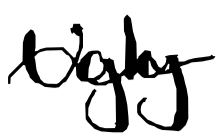
Text: Ugly
Cross-out: wave
Writing tool: digital_black